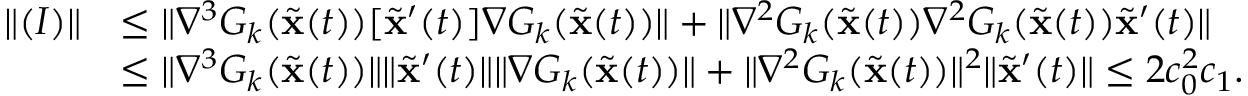
\begin{array} { r l } { \| ( I ) \| } & { \leq \| \nabla ^ { 3 } G _ { k } ( \widetilde \mathbf { x } ( t ) ) [ \widetilde \mathbf { x } ^ { \prime } ( t ) ] \nabla G _ { k } ( \widetilde \mathbf { x } ( t ) ) \| + \| \nabla ^ { 2 } G _ { k } ( \widetilde \mathbf { x } ( t ) ) \nabla ^ { 2 } G _ { k } ( \widetilde \mathbf { x } ( t ) ) \widetilde \mathbf { x } ^ { \prime } ( t ) \| } \\ & { \leq \| \nabla ^ { 3 } G _ { k } ( \widetilde \mathbf { x } ( t ) ) \| \| \widetilde \mathbf { x } ^ { \prime } ( t ) \| \| \nabla G _ { k } ( \widetilde \mathbf { x } ( t ) ) \| + \| \nabla ^ { 2 } G _ { k } ( \widetilde \mathbf { x } ( t ) ) \| ^ { 2 } \| \widetilde \mathbf { x } ^ { \prime } ( t ) \| \leq 2 c _ { 0 } ^ { 2 } c _ { 1 } . } \end{array}